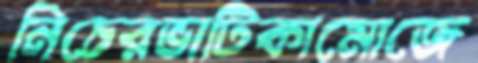
নিচেরভাটিকামোজে